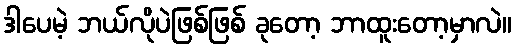
ဒါပေမဲ့ ဘယ်လိုပဲဖြစ်ဖြစ် ခုတော့ ဘာထူးတော့မှာလဲ။